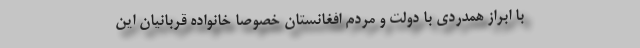
با ابراز همدردی با دولت و مردم افغانستان خصوصاً خانواده قربانیان این